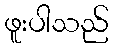
ဖူးပါသည်